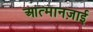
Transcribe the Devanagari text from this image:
आत्मानज़ाई